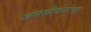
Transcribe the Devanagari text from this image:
जनजीवनाचा